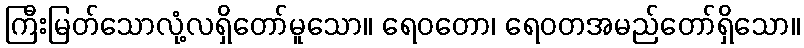
ကြီးမြတ်သောလုံ့လရှိတော်မူသော။ ရေဝတော၊ ရေဝတအမည်တော်ရှိသော။